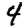
Digit: 4